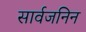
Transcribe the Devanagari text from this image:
सार्वजनिन